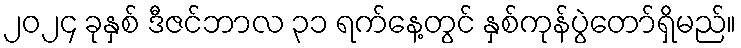
၂၀၂၄ ခုနှစ် ဒီဇင်ဘာလ ၃၁ ရက်နေ့တွင် နှစ်ကုန်ပွဲတော်ရှိမည်။